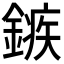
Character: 𨪏